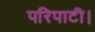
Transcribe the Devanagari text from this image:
परिपाटी।